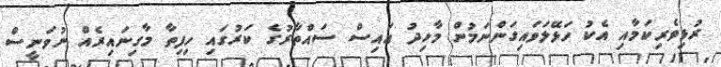
ރުޅިވެރިކަމާއި އެކު ހަޅޭލަވައިގަންނަމުން މާހިދު އައިސް ސައްތާރުގެ ކަރުގައި ހިފިތާ މާގިނައިރެއް ނުވަނީސް